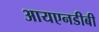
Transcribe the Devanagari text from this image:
आयएनडीबी